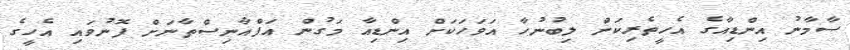
ސާމާނު އިންޑިއާގެ އެހީތެރިކަން ލިބުނުހާ އަވަހަކަށް އިންޑިއާ މަގުން އަފްޣާނިސްތާނަށް ފޮނުވައި އެހީގެ